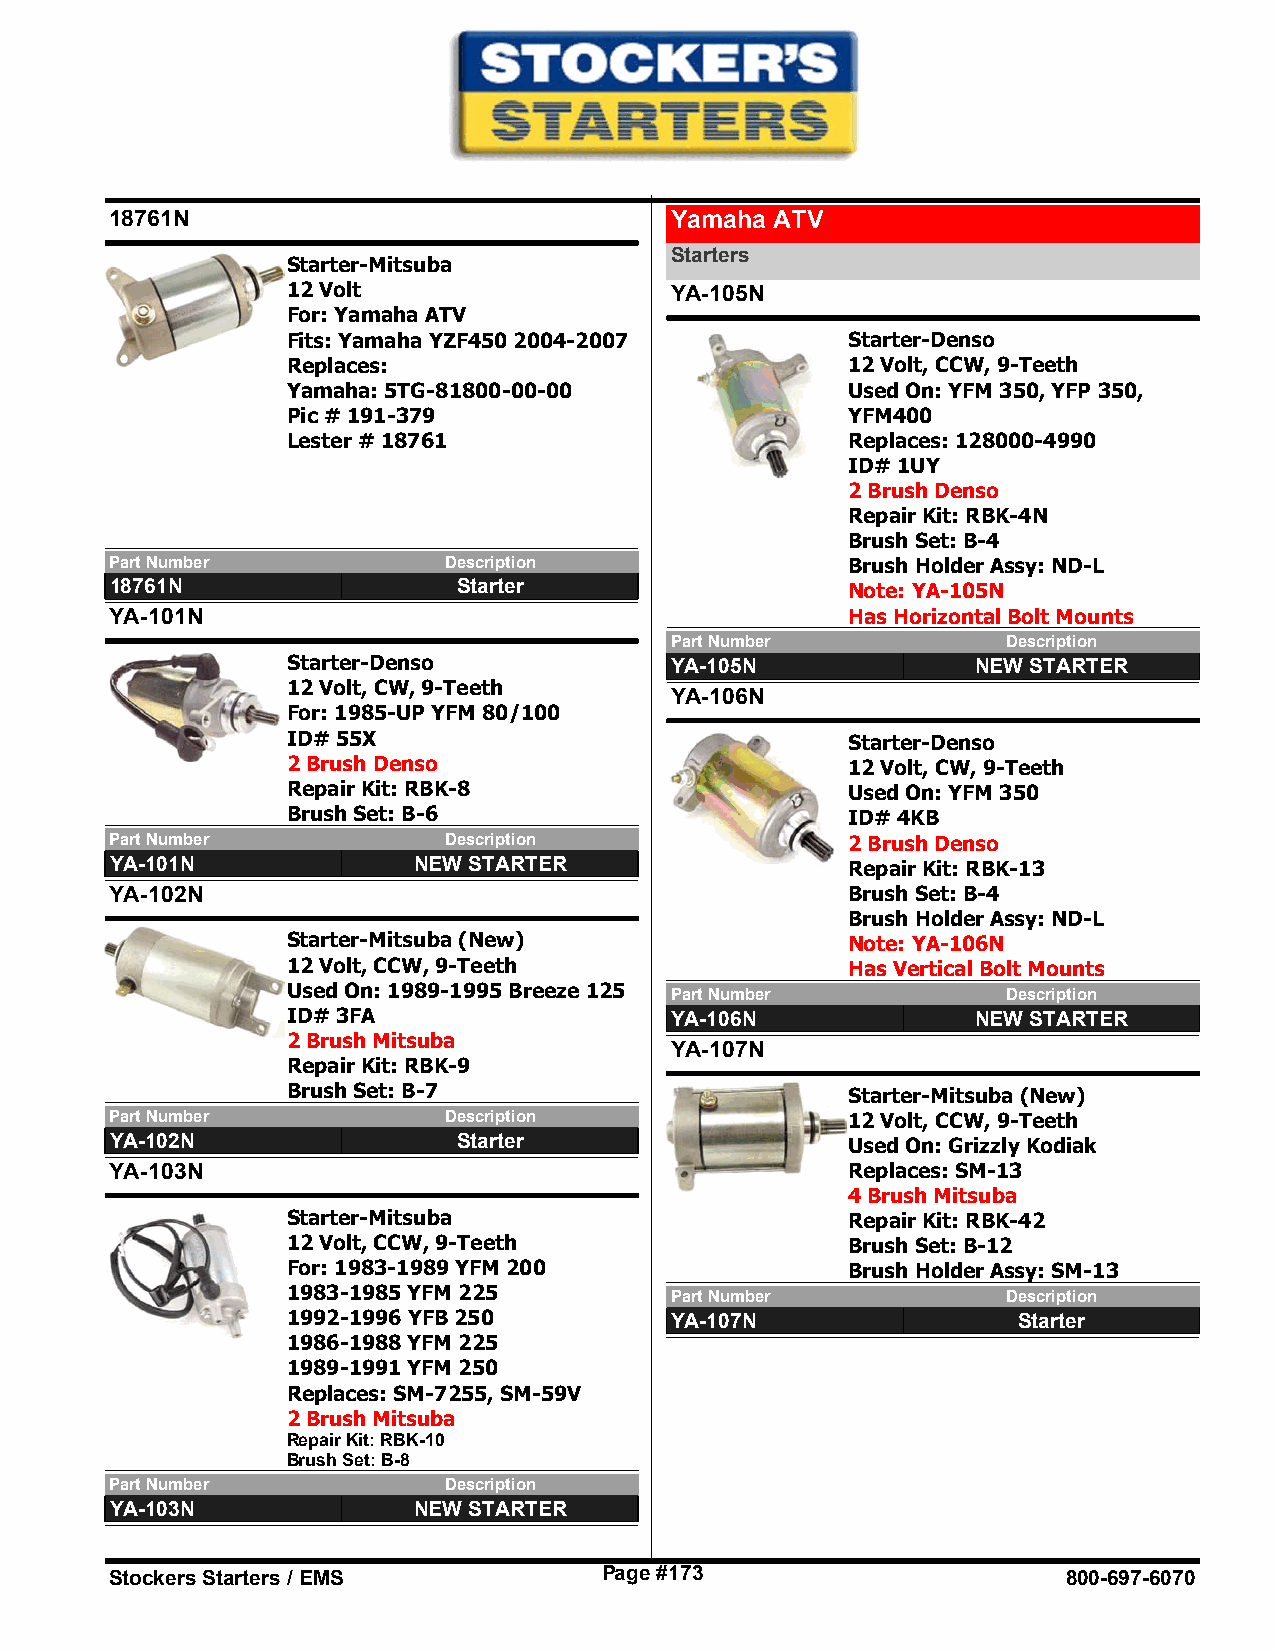
18761N                               Yamaha ATV
 Starters
 Starter-Mitsuba
 12 Volt                  YA-105N
 For: Yamaha ATV
 Fits: Yamaha YZF450 2004-2007        Starter-Denso
 Replaces:                            12 Volt, CCW, 9-Teeth
 Yamaha: 5TG-81800-00-00              Used On: YFM 350, YFP 350,
 Pic # 191-379                        YFM400
 Lester # 18761                       Replaces: 128000-4990
 ID# 1UY
 2 Brush Denso
 Repair Kit: RBK-4N
 Brush Set: B-4
 Part Number           Description                Brush Holder Assy: ND-L
 18761N                 Starter                   Note: YA-105N
 YA-101N                                          Has Horizontal Bolt Mounts
 Part Number            Description
 Starter-Denso            YA-105N              NEW STARTER
 12 Volt, CW, 9-Teeth
 YA-106N
 For: 1985-UP YFM 80/100
 ID# 55X                              Starter-Denso
 2 Brush Denso                        12 Volt, CW, 9-Teeth
 Repair Kit: RBK-8                    Used On: YFM 350
 Brush Set: B-6                       ID# 4KB
 Part Number           Description                2 Brush Denso
 YA-101N             NEW STARTER                  Repair Kit: RBK-13
 YA-102N                                          Brush Set: B-4
 Brush Holder Assy: ND-L
 Starter-Mitsuba (New)                Note: YA-106N
 12 Volt, CCW, 9-Teeth                Has Vertical Bolt Mounts
 Used On: 1989-1995 Breeze 125 Part Number       Description
 ID# 3FA                  YA-106N              NEW STARTER
 2 Brush Mitsuba
 YA-107N
 Repair Kit: RBK-9
 Brush Set: B-7                       Starter-Mitsuba (New)
 Part Number           Description                12 Volt, CCW, 9-Teeth
 YA-102N                Starter                   Used On: Grizzly Kodiak
 YA-103N                                          Replaces: SM-13
 4 Brush Mitsuba
 Starter-Mitsuba                      Repair Kit: RBK-42
 12 Volt, CCW, 9-Teeth                Brush Set: B-12
 For: 1983-1989 YFM 200               Brush Holder Assy: SM-13
 1983-1985 YFM 225        Part Number            Description
 1992-1996 YFB 250        YA-107N                Starter
 1986-1988 YFM 225
 1989-1991 YFM 250
 Replaces: SM-7255, SM-59V
 2 Brush Mitsuba
 Repair Kit: RBK-10
 Brush Set: B-8
 Part Number           Description
 YA-103N             NEW STARTER
 Stockers Starters / EMS          Page #173                      800-697-6070